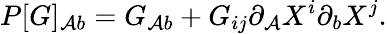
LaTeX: P[G]_{\mathcal{A}b}=G_{\mathcal{A}b}+G_{ij}\partial_{\mathcal{A}}X^{i}\partial_{b}X^{j}.